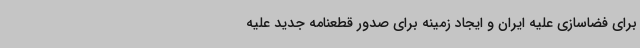
برای فضاسازی علیه ایران و ایجاد زمینه برای صدور قطعنامه جدید علیه